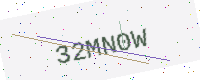
Text: 32MN0W